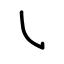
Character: ㇂